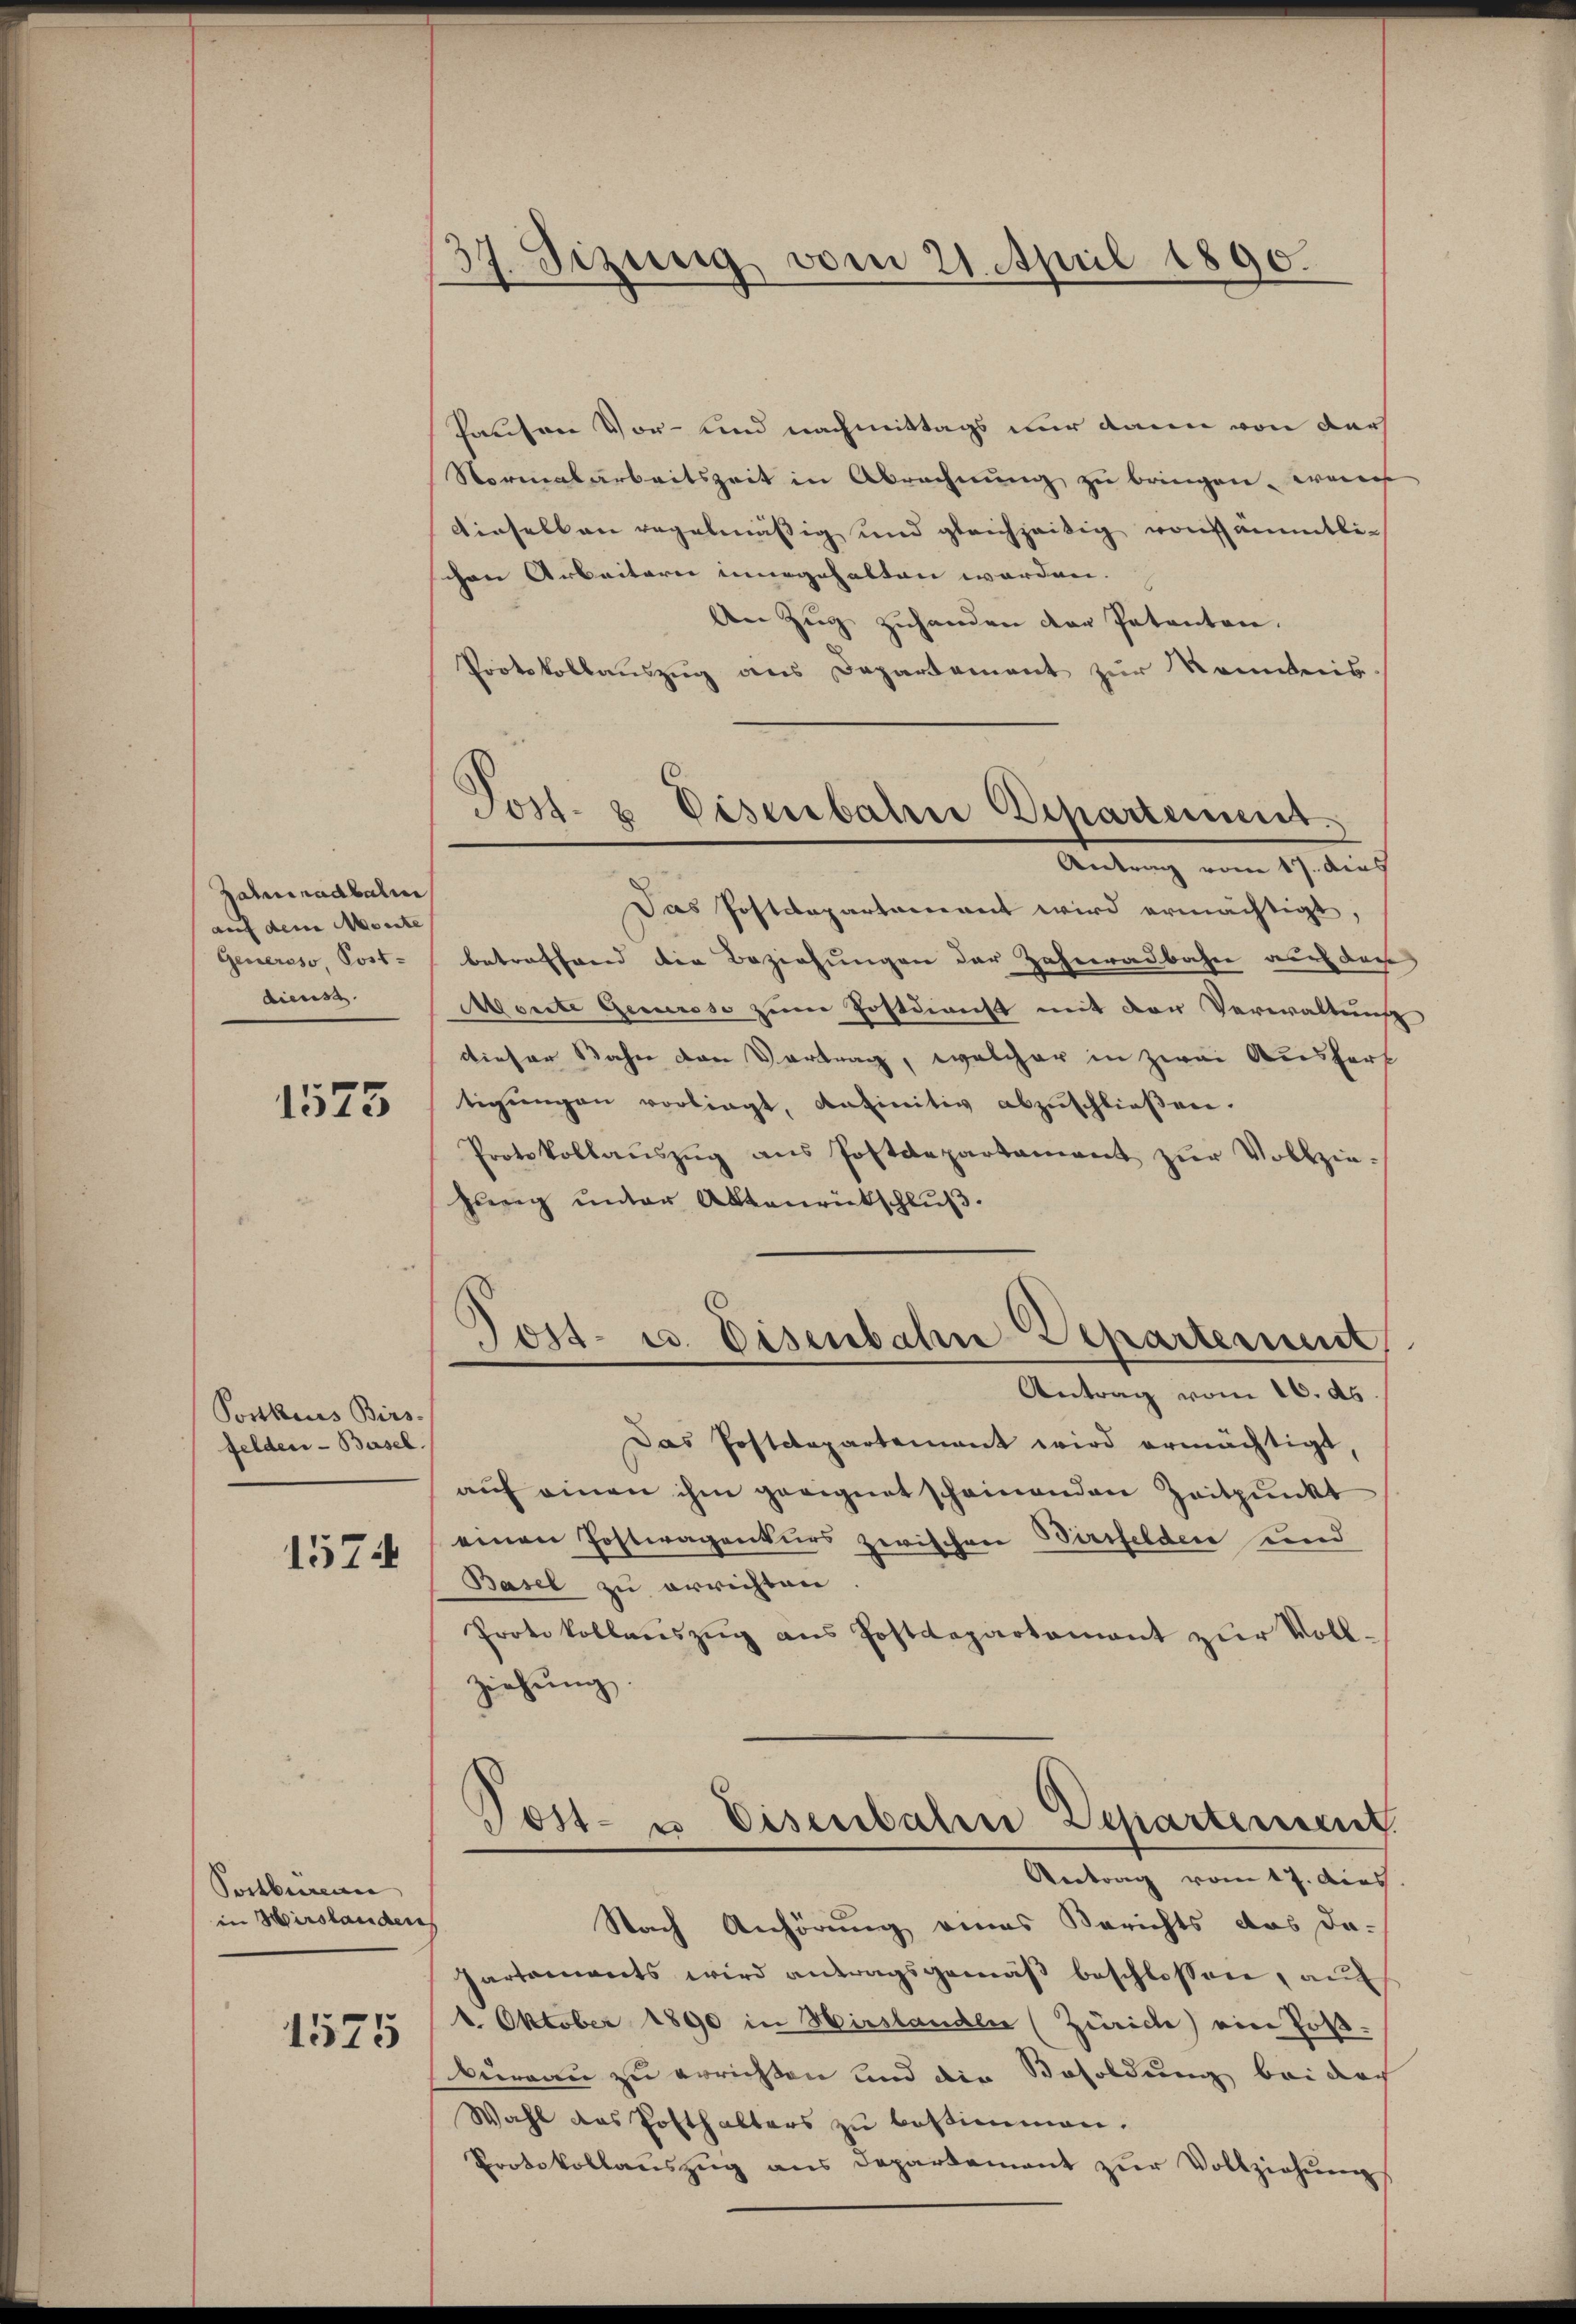
Zateinadbali
auf dem Monte
Genersso, Post-
dienst

1575

Ponkurs Birs-
felden-Basel.
1574

Postbureau
in Hirslander
1575

37. Sizung vom 21. April 1890.

Pausen Vor- und nachmittags nur dann von darf
Normalarbeitszeit in Abrechnŭng zŭ bringen. Weis
einselben regelmäßig und gleichzeitig von sämmtlichen Arbeitern ingehalten worden. |
An Zug zuhanden der Petenten.
Protokollauszug aus Departement zur Kenntnis
Das Postdepartement wird ermächtigt,
betreffend die Beziehungen der Zahneralbahne auch dasse
Moeste Generoso zum Postdienst mit der Verwaltung
dieser Bahn den Vortrag, welcher in zwei Ausfert
tigŭngen vorliegt, anfinitiv abzuschließen.
Protokollaŭszŭg ans Postdepartament zŭr Vollziehung unter Aktenrückschluß.
Tost- u. Eisenbahn Departement,
Antrag vom 16. ds
Das Postdepartement wird ermächtigt,
auf einen ihm geeignet scheinenden Zeitpunkt
einen Postwagenturs zwischen Birchelden und
Basel zu errichten
Protokollaŭszŭg ans Postdepartamant zŭr Voll-
ziehŭng.
Post- u. Eisenbahn Departement
Antrag vom 17. des
Nach Anhörung eines Berichts das da¬
Partements wird antragsgemäβ beschlossen, auf
1. Oktober 1890 in Hirslanden (Zürich) ein Jos.
bureau zu errichten und die Besoldung bei doch
Wahl das Posthalters zu bestimmen.
Protokollanszug aus Departement zŭr Vollziehung

Post- & Eisenbahn Departement
Artung vom 1. durch